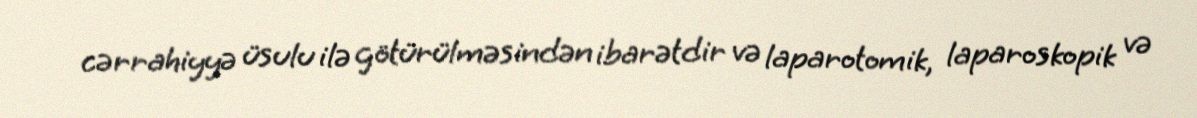
cərrahiyyə üsulu ilə götürülməsindən ibarətdir və laparotomik, laparoskopik və